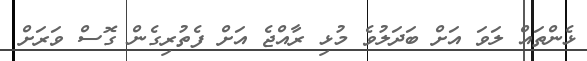
ޅެންތައް ލަވަ އަށް ބަދަލުވެ މުޅި ރާއްޖެ އަށް ފެތުރިގެން ގޮސް ވަރަށް